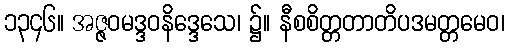
၁၃၄၆။ အဇ္ဇဝမဒ္ဒဝနိဒ္ဒေသေ၊ ၌။ နီစစိတ္တတာတိပဒမတ္တမေဝ၊